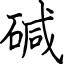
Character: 碱